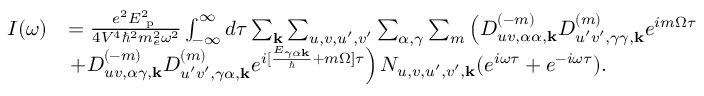
\begin{array} { r l } { I ( \omega ) } & { = \frac { e ^ { 2 } E _ { \textrm { p } } ^ { 2 } } { 4 V ^ { 4 } \hbar ^ { 2 } m _ { e } ^ { 2 } \omega ^ { 2 } } \int _ { - \infty } ^ { \infty } d \tau \sum _ { \mathbf { k } } \sum _ { u , v , u ^ { \prime } , v ^ { \prime } } \sum _ { \alpha , \gamma } \sum _ { m } \left( D _ { u v , \alpha \alpha , \mathbf { k } } ^ { ( - m ) } D _ { u ^ { \prime } v ^ { \prime } , \gamma \gamma , \mathbf { k } } ^ { ( m ) } e ^ { i m \Omega \tau } \right. } \\ & { \left. + D _ { u v , \alpha \gamma , \mathbf { k } } ^ { ( - m ) } D _ { u ^ { \prime } v ^ { \prime } , \gamma \alpha , \mathbf { k } } ^ { ( m ) } e ^ { i [ \frac { E _ { \gamma \alpha \mathbf { k } } } { \hbar } + m \Omega ] \tau } \right) N _ { u , v , u ^ { \prime } , v ^ { \prime } , \mathbf { k } } ( e ^ { i \omega \tau } + e ^ { - i \omega \tau } ) . } \end{array}